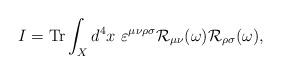
LaTeX: \begin{align*}I={\rm Tr}\int_{X}d^{4}x\ \varepsilon^{\mu \nu \rho \sigma}{\cal R}_{\mu \nu }(\omega){\cal R}_{\rho \sigma}(\omega),\end{align*}